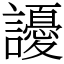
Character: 䜡